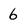
Character: 6